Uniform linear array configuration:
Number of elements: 32
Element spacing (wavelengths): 0.5
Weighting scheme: kaiser
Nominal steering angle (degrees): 30
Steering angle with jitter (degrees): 28.894
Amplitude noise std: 0.05
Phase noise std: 0.05

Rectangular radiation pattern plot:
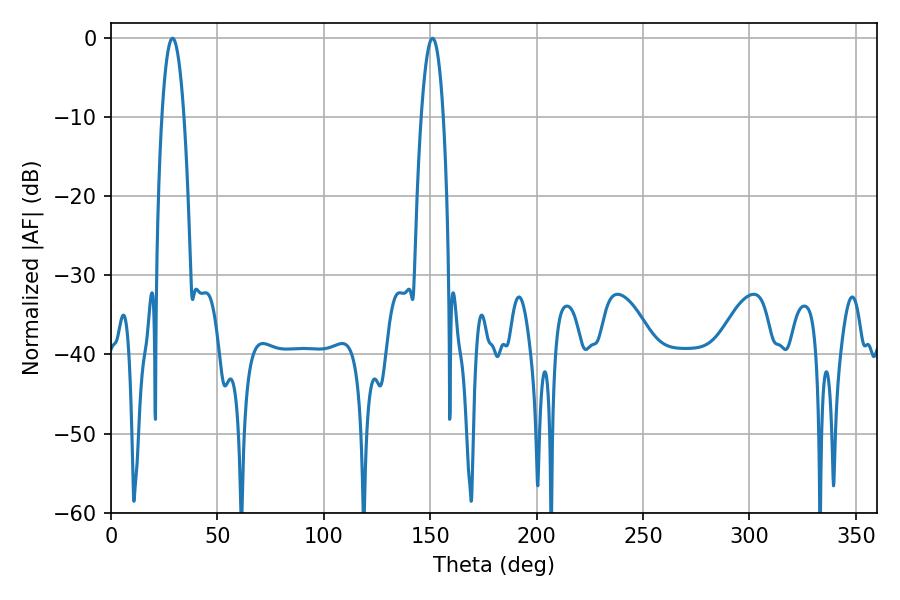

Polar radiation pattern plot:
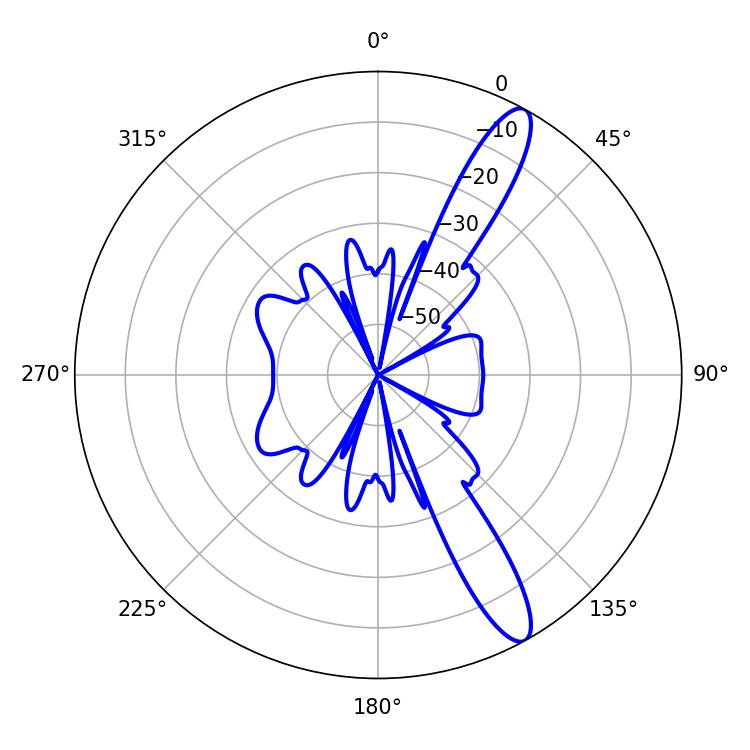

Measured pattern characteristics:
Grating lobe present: FALSE
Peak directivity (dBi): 12.825
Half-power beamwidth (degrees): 5.76
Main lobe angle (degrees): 151.02